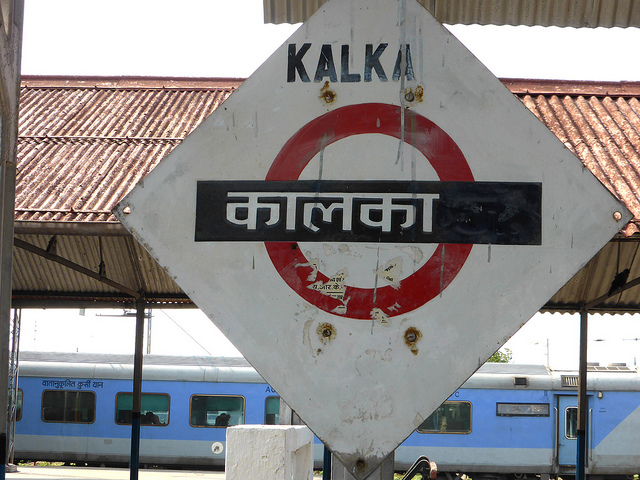
Language: hindi
Transcription: कालका